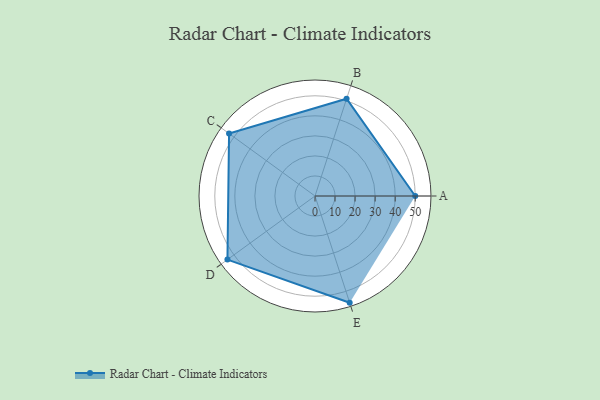
{"axis": {"x": "Skill", "y": "Score"}, "legend": ["Profile"], "data": [{"x": "A", "y": 50.0, "type": "Profile"}, {"x": "B", "y": 51.0, "type": "Profile"}, {"x": "C", "y": 53.0, "type": "Profile"}, {"x": "D", "y": 54.0, "type": "Profile"}, {"x": "E", "y": 56.0, "type": "Profile"}]}